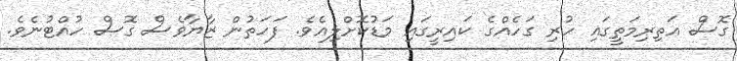
ގޮސް އަތިރިމަތީގައި ހުރި ގަހެއްގެ ކައިރީގައި މަޑުކޮށްލިއެވެ. ފަހަތުން ޒާޔާވެސް ގޮސް ހުއްޓުނެވެ.